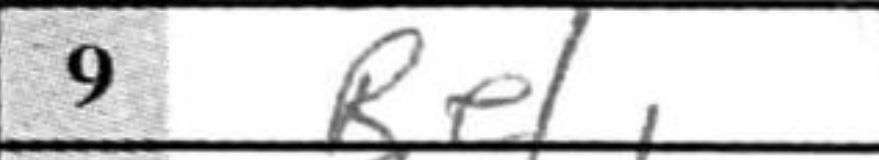
Transcription: Re1